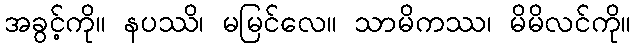
အခွင့်ကို။ နပဿိ၊ မမြင်လေ။ သာမိကဿ၊ မိမိလင်ကို။